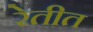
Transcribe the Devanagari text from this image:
रेतीत